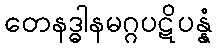
တေနဒ္ဓါနမဂ္ဂပဋိပန္နံ